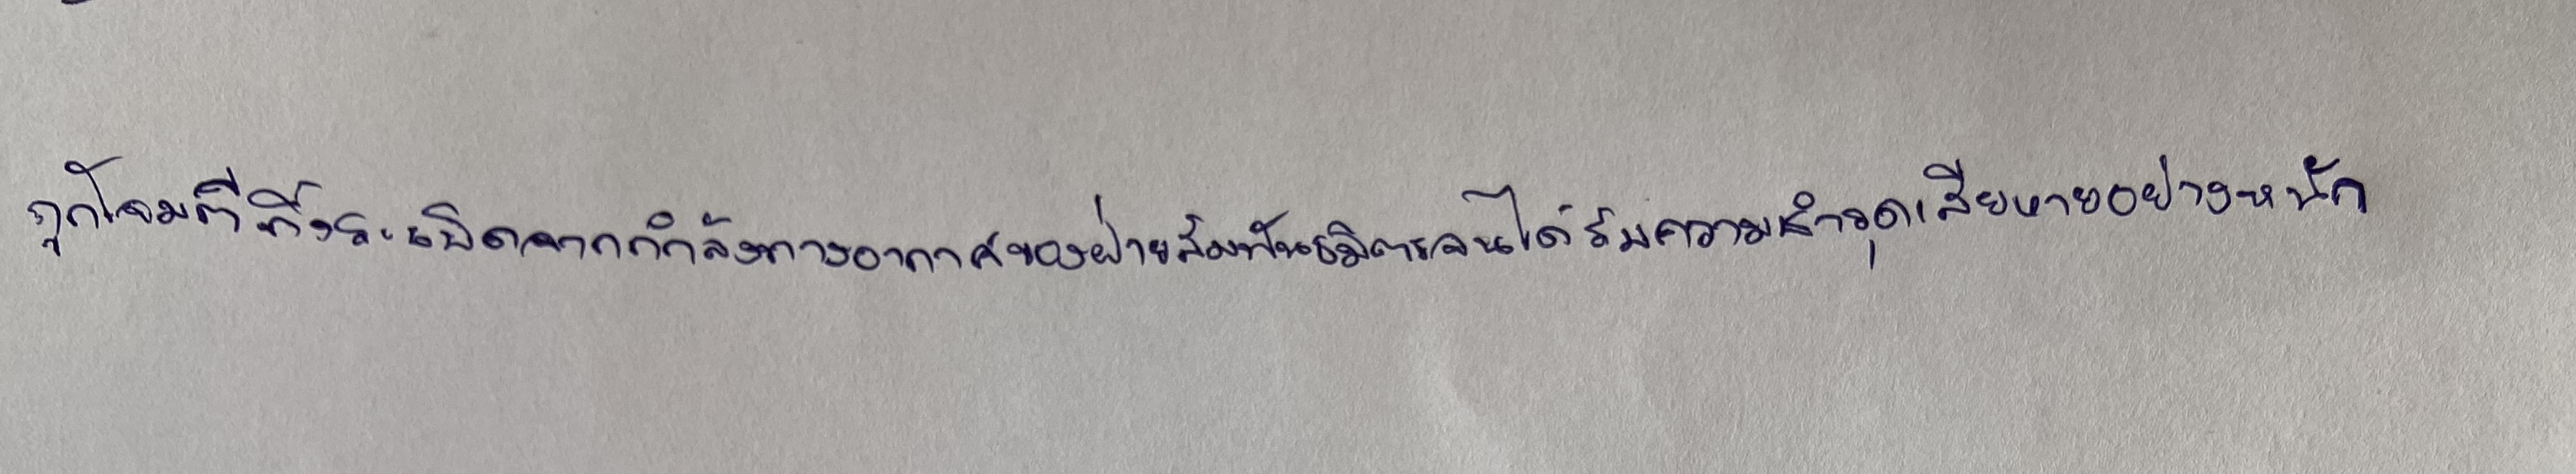
ถูกโจมตีทิ้งระเบิดจากกำลังทางอากาศของฝ่ายสัมพันธมิตรจนได้รับความชำรุดเสียหายอย่างหนัก